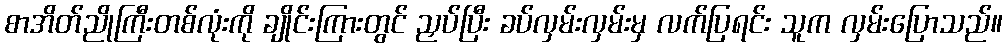
စာအိတ်ညိုကြီးတစ်လုံးကို ချိုင်းကြားတွင် ညှပ်ပြီး ခပ်လှမ်းလှမ်းမှ လက်ပြရင်း သူက လှမ်းပြောသည်။